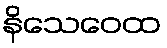
နိသေဝေထ